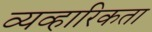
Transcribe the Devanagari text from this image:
व्यव्हारिकता